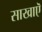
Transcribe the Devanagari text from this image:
साखाऎ